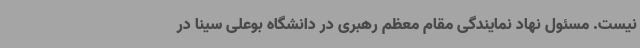
نیست. مسئول نهاد نمایندگی مقام معظم رهبری در دانشگاه بوعلی سینا در